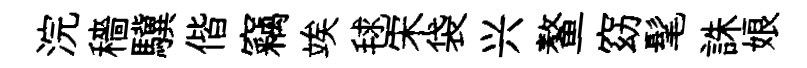
浣穡驥偕竊竢毬宋袋兴鳌窈髦誅娘